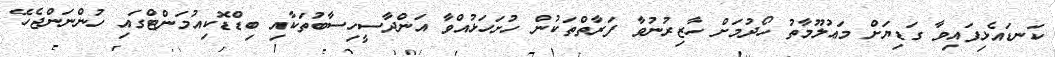
ކަނޑައެޅިފައިވާ ގަޑިޔަށް މަޢުލޫމާތު ހޯދުމަށް ހާޒިރުނުވާ ފަރާތްތަކުން ހުށަހަޅުއްވާ އަންދާސީހިސާބުތަކާއި ބިޑްޑޮކިއުމަންޓްގައި ހުންނަންޖެހޭ